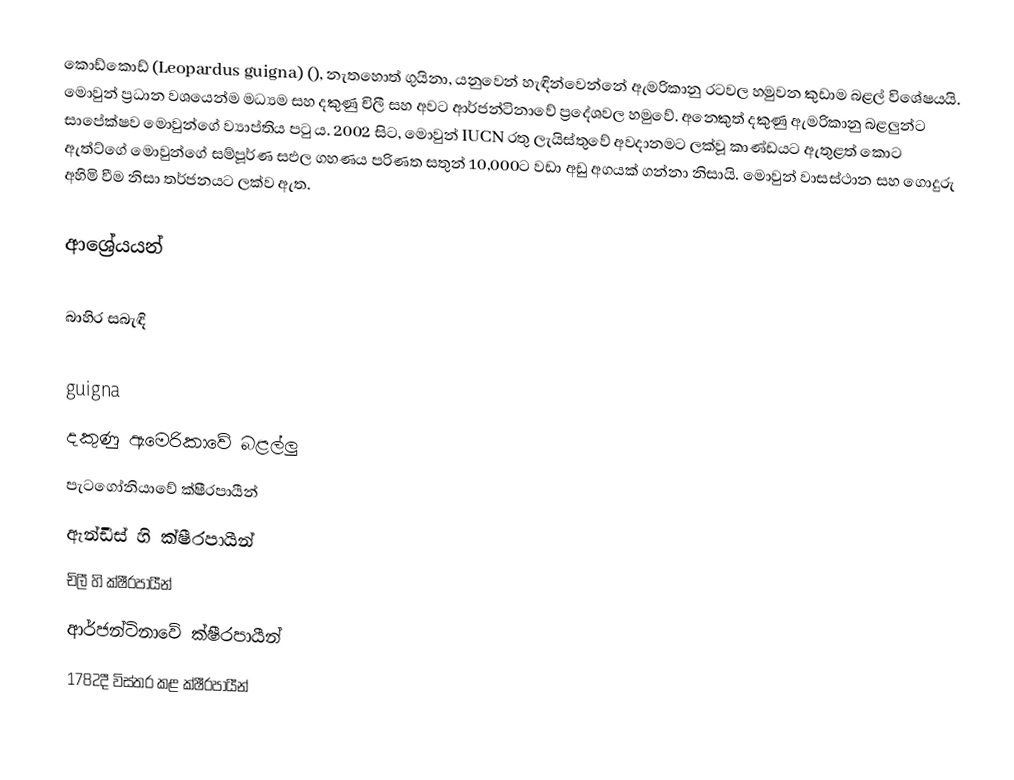
කොඩ්කොඩ් (Leopardus guigna) (), නැතහොත් ගුයිනා, යනුවෙන් හැඳින්වෙන්නේ ඇමරිකානු රටවල හමුවන කුඩාම බළල් විශේෂයයි. මොවුන් ප්‍රධාන වශයෙන්ම මධ්‍යම සහ දකුණු චිලී සහ අවට ආර්ජන්ටිනාවේ ප්‍රදේශවල හමුවේ. අනෙකුත් දකුණු ඇමරිකානු බළලුන්ට සාපේක්ෂව මොවුන්ගේ ව්‍යාප්තිය පටු ය. 2002 සිට, මොවුන්  IUCN රතු ලැයිස්තුවේ අවදානමට ලක්වූ කාණ්ඩයට ඇතුළත් කොට ඇත්ට්ගේ මොවුන්ගේ සම්පූර්ණ සඵල ගහණය පරිණත සතුන් 10,000ට වඩා අඩු අගයක් ගන්නා නිසායි. මොවුන් වාසස්ථාන සහ ගොදුරු අහිමි වීම නිසා තර්ජනයට ලක්ව ඇත.

ආශ්‍රේයයන්

බාහිර සබැඳි

guigna
දකුණු ඇමෙරිකාවේ බළල්ලු
පැටගෝනියාවේ ක්ෂීරපායීන්
ඇන්ඩීස් හි ක්ෂීරපායීන්
චිලී හි ක්ෂීරපායීන්
ආර්ජන්ටිනාවේ ක්ෂීරපායීන්
1782දී විස්තර කළ ක්ෂීරපායීන්